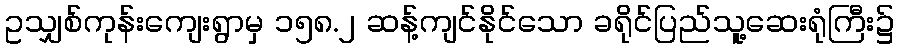
ဥသျှစ်ကုန်းကျေးရွာမှ ၁၅၈.၂ ဆန့်ကျင်နိုင်သော ခရိုင်ပြည်သူ့ဆေးရုံကြီး၌